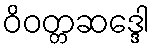
ဝိဝတ္တဆဒ္ဒေါ